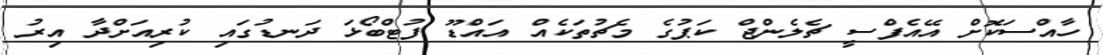
ހާއްސަކޮށް އޭއެފްސީ ޗެލެންޖް ކަޕުގެ މެޗުތަކެއް އައްޑޫ ފުޓްބޯޅަ ދަނޑުގައި ކުރިއަށްދާ އިރު